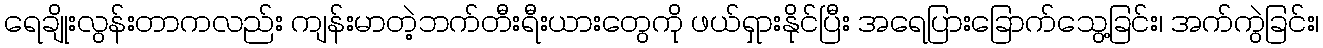
ရေချိုးလွန်းတာကလည်း ကျန်းမာတဲ့ဘက်တီးရီးယားတွေကို ဖယ်ရှားနိုင်ပြီး အရေပြားခြောက်သွေ့ခြင်း၊ အက်ကွဲခြင်း၊